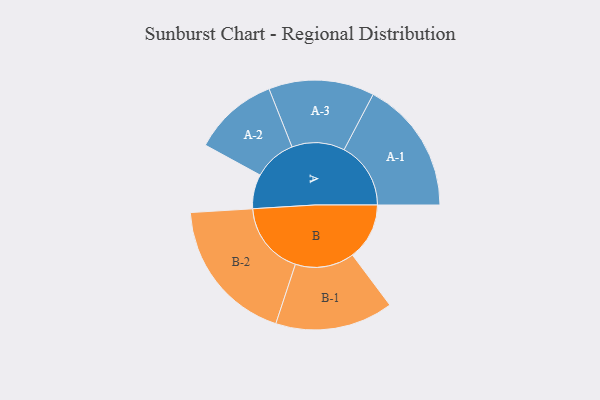
{"axis": {"x": "Segment", "y": "Value"}, "legend": ["", "A", "B"], "data": [{"x": "A", "y": 134, "type": ""}, {"x": "B", "y": 222, "type": ""}, {"x": "A-1", "y": 260, "type": "A"}, {"x": "A-2", "y": 166, "type": "A"}, {"x": "A-3", "y": 206, "type": "A"}, {"x": "B-1", "y": 230, "type": "B"}, {"x": "B-2", "y": 285, "type": "B"}]}